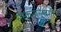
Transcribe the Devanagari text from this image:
संस्कृत्यनुरागी